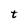
Character: t